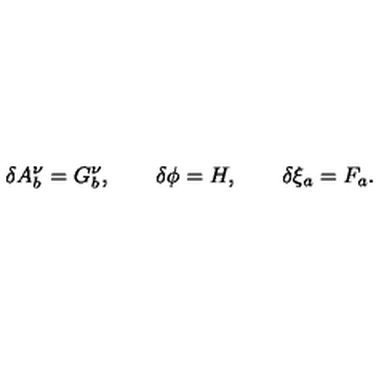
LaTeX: \delta A _ { b } ^ { \nu } = G _ { b } ^ { \nu } , \qquad \delta \phi = H , \qquad \delta \xi _ { a } = F _ { a } .